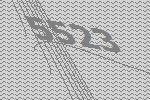
5523